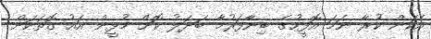
އެކަން ކުރާ ނަމަ އޮފީހުގެ ބިނާފަރުމާ ބަދަލު ކޮށް މުޅީން އައު ގޮތަކަށް